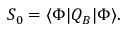
S _ { 0 } = \langle \Phi | Q _ { B } | \Phi \rangle .